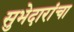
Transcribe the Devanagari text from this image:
सुभेदारांचा